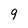
Character: 9